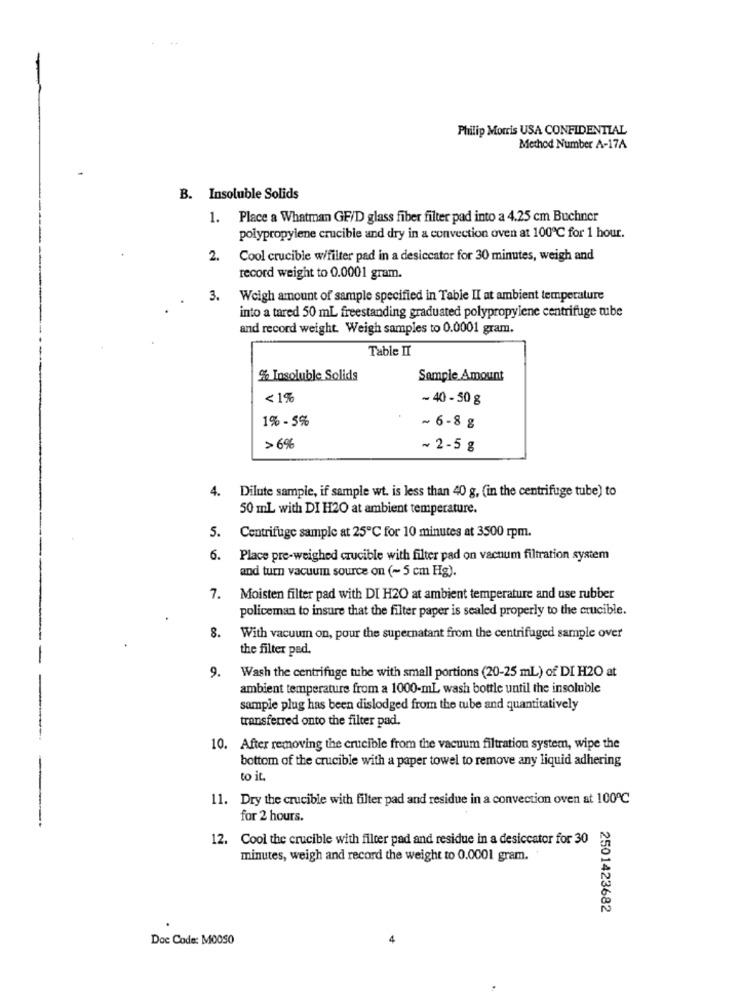
--
Philip Morris USA CONFIDENTIAL
Method Number A-17A
B. Insoluble Solids
1. Place a Whatman GF/D glass fiber filter pad into a 4.25 cm Buchner
polypropylene crucible and dry in a convection oven at 100℃ for 1 hour.
2.
Cool crucible w/filter pad in a desiccator for 30 minutes, weigh and
record weight to 0.0001 gram.
3.
Weigh amount of sample specified in Table II at ambient temperature
into a tared 50 mL freestanding graduated polypropylene centrifuge tube
and record weight. Weigh samples to 0.0001 gram.
Table II
% Insoluble Solids
Sample Amount
<1%
~ 40 - 50 g
1% - 5%
~ 6-8 g
>6%
~ 2-5 g
4.
Dilute sample, if sample wt. is less than 40 g, (in the centrifuge tube) to
50 mL with DI H2O at ambient temperature.
5.
Centrifuge sample at 25℃ for 10 minutes at 3500 rpm.
6.
Place pre-weighed crucible with filter pad on vacuum filtration system
and turn vacuum source on (~ 5 cm Hg).
7. Moisten filter pad with DI H2O at ambient temperature and use rubber
policeman to insure that the filter paper is sealed properly to the crucible.
8.
With vacuum on, pour the supernatant from the centrifuged sample over
the filter pad.
9.
Wash the centrifuge tube with small portions (20-25 mL) of DI H2O at
ambient temperature from a 1000-mL wash bottle until the insoluble
sample plug has been dislodged from the tube and quantitatively
transferred onto the filter pad.
10. After removing the crucible from the vacuum filtration system, wipe the
bottom of the crucible with a paper towel to remove any liquid adhering
to it
11. Dry the crucible with filter pad and residue in a convection oven at 100℃
-
for 2 hours.
12. Cool the crucible with filter pad and residue in a desiccator for 30
minutes, weigh and record the weight to 0.0001 gram.
2501423682
Doc Code: MOOS0
+